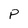
Character: P